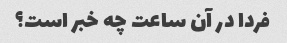
فردا در آن ساعت چه خبر است؟